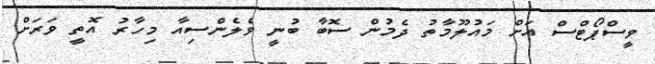
ވީސްޕޯޓްސް އަށް މައުލޫމާތު ދެމުން ސޮބާ ބުނީ ވެލެންސިއާ މިހާރު އޮތީ ވަރަށް